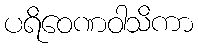
ပရိဝေဏဝါသိကာ